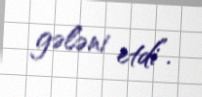
gələni etdi”.